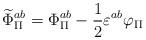
LaTeX: \begin{align*}\widetilde{\Phi}_\Pi^{ab}=\Phi_\Pi^{ab} -\frac{1}{2} \varepsilon^{ab} \varphi_\Pi\end{align*}